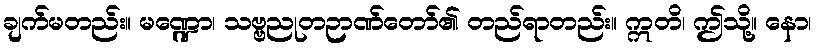
ချက်မတည်း။ မဏ္ဍော၊ သဗ္ဗညုတဉာဏ်တော်၏ တည်ရာတည်း။ ဣတိ၊ ဤသို့။ နော၊